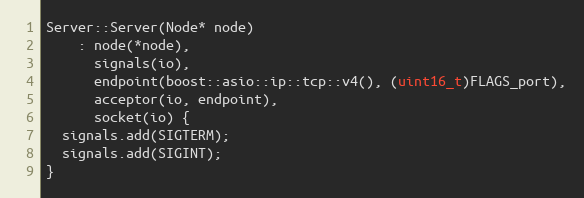
Language: C++
Server::Server(Node* node)
    : node(*node),
      signals(io),
      endpoint(boost::asio::ip::tcp::v4(), (uint16_t)FLAGS_port),
      acceptor(io, endpoint),
      socket(io) {
  signals.add(SIGTERM);
  signals.add(SIGINT);
}